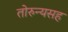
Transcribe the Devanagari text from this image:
तोरुन्यसह